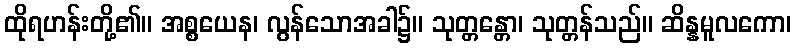
ထိုရဟန်းတို့၏။ အစ္စယေန၊ လွန်သောအခါ၌။ သုတ္တန္တော၊ သုတ္တန်သည်။ ဆိန္နမူလကော၊